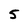
Character: 5